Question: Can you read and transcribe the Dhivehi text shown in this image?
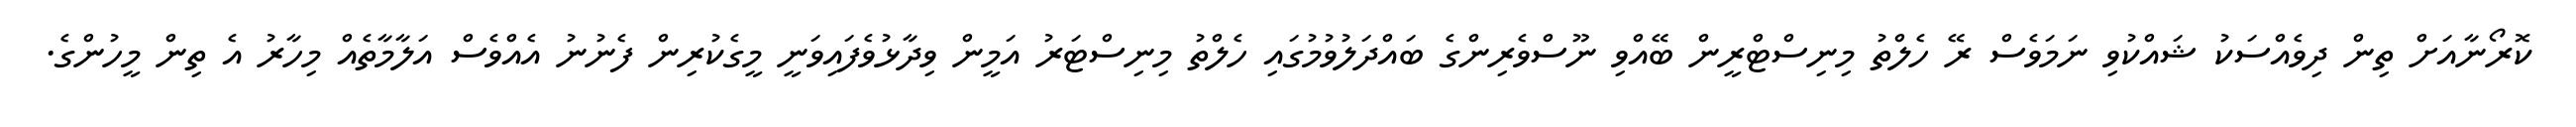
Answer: ކޮރޯނާއަށް ތިން ދިވެއްސަކު ޝައްކުވި ނަމަވެސް ރޭ ހެލްތު މިނިސްޓްރީން ބޭއްވި ނޫސްވެރިންގެ ބައްދަލުވުމުގައި ހެލްތު މިނިސްޓަރު އަމީން ވިދާޅުވެފައިވަނީ މީގެކުރިން ފެނުނު އެއްވެސް އަލާމާތެއް މިހާރު އެ ތިން މީހުންގެ.